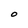
Character: O